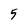
Character: 5